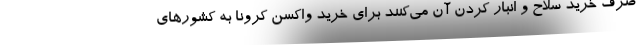
صرف خرید سلاح و انبار کردن آن می‌کنند برای خرید واکسن کرونا به کشورهای